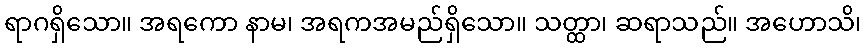
ရာဂရှိသော။ အရကော နာမ၊ အရကအမည်ရှိသော။ သတ္ထာ၊ ဆရာသည်။ အဟောသိ၊